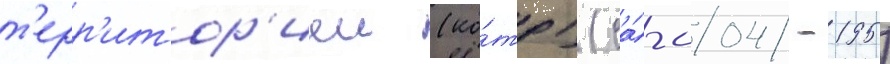
т'ерр'итор'иеи (ко́тр) (са́-004/ -195)